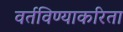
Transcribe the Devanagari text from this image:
वर्तविण्याकरिता